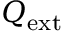
Q _ { \mathrm { e x t } }